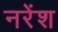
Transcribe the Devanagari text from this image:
नरेंश